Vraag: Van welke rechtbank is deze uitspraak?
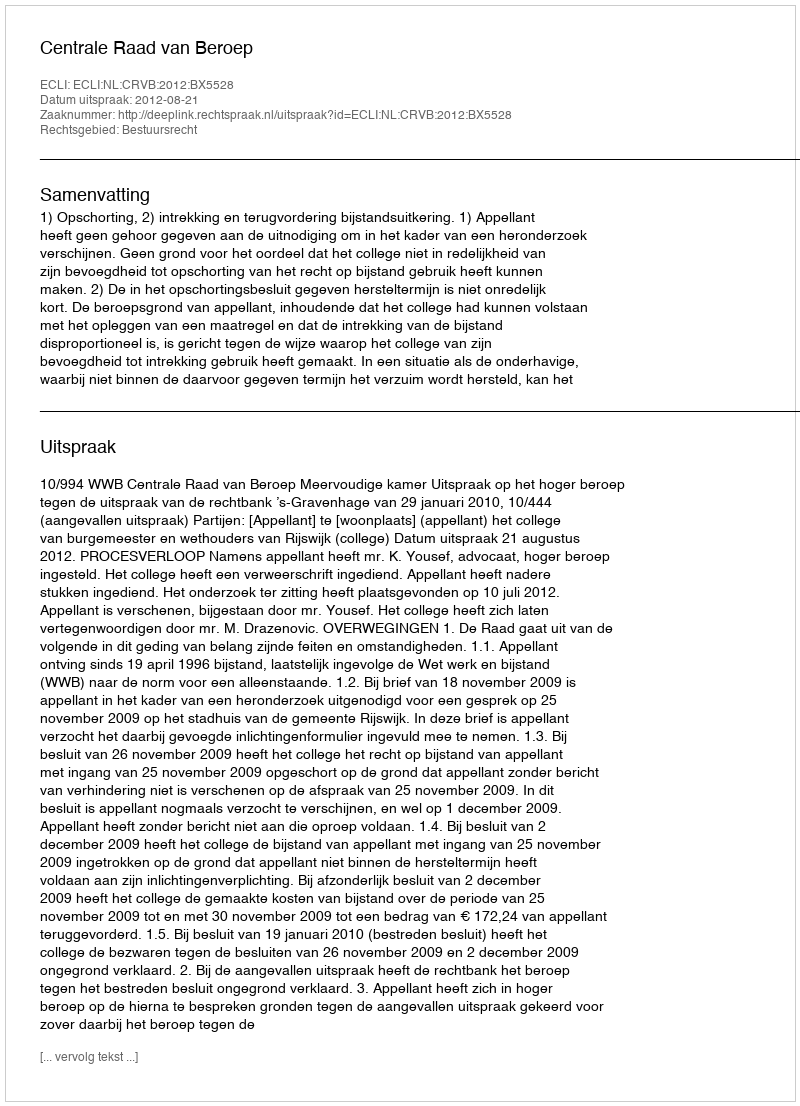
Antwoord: Centrale Raad van Beroep